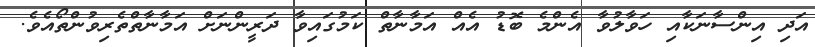
އަދި އިންސާނަކާއި ހަވާލުވާ އެންމެ ބޮޑު އެއް އަމާނާތް ކަމުގައިވާ ދަރީންނަށް އަމާނާތްތެރިވުންތޯއެވެ.